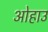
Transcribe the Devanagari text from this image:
ओहाउ